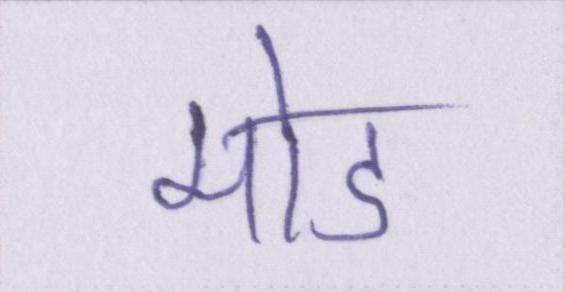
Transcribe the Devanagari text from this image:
मोड